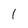
Character: l